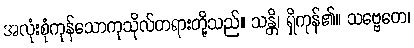
အလုံးစုံကုန်သောကုသိုလ်တရားတို့သည်။ သန္တိ၊ ရှိကုန်၏။ သဗ္ဗေတေ၊